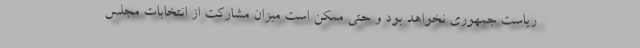
ریاست جمهوری نخواهد بود و حتی ممکن است میزان مشارکت از انتخابات مجلس